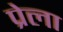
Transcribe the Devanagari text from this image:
प्रेला